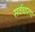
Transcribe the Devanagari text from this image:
सर्वधारण